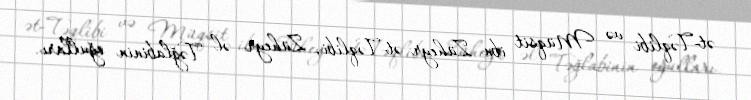
ət-Təqlibi və Müqsit ibn Züheyr ət-Təqlibi, Züheyr əl Təğlabinin oğulları.